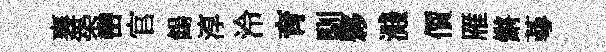
襄築巒官餳淳泠育馴夥濺價雁鏘蕚